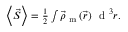
\begin{array} { r } { \left\langle \vec { S } \right\rangle = \frac { 1 } { 2 } \int \vec { \rho } _ { \textrm { m } } ( \vec { r } ) ~ \textrm { d } ^ { 3 } r . } \end{array}